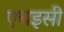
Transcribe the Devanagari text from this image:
एचइसी